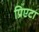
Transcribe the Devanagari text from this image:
प्रिएटा